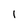
Character: 1